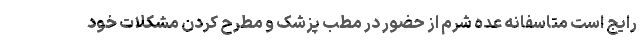
رایج است متاسفانه عده شرم از حضور در مطب پزشک و مطرح کردن مشکلات خود